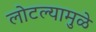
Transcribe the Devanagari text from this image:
लोटल्यामुळे